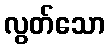
လွတ်သော